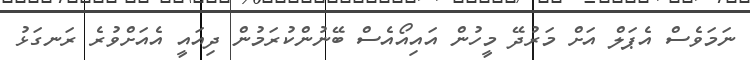
ނަމަވެސް އެޕަލް އަށް މަރުދޭ މީހުން އައިއޯއެސް ބޭނުންކުރަމުން ދިއައީ އެއަށްވުރެ ރަނގަޅު